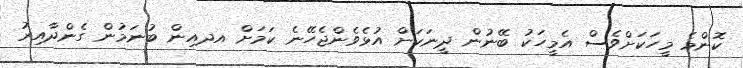
ކޮންމެ މީހަކަށްވެސް އެމީހަކު ބޭނުން ދީނަކަށް އުޅެވެންޖެހޭނެ ކަމަށް އދއިން ބުނަމުން ގެންދާއިރު